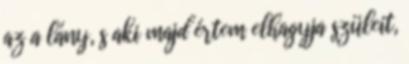
az a lány, s aki majd értem elhagyja szüleit,